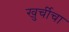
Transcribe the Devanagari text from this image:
खुर्चीचा